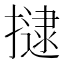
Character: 𭢡